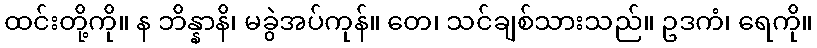
ထင်းတို့ကို။ န ဘိန္နာနိ၊ မခွဲအပ်ကုန်။ တေ၊ သင်ချစ်သားသည်။ ဥဒကံ၊ ရေကို။